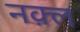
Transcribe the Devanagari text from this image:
नक़्ल